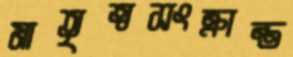
মাতৃত্বসংক্রান্ত